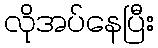
လိုအပ်နေပြီး